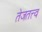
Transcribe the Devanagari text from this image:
तेजतत्त्व